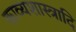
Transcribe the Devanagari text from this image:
काव्यशास्त्रादि